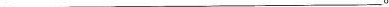
___.